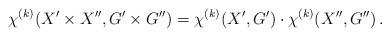
LaTeX: \begin{align*} \chi^{(k)}( X'\times X'', G'\times G'')=\chi^{(k)}( X', G')\cdot \chi^{(k)}( X'', G'')\,. \end{align*}